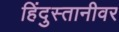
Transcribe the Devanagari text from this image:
हिंदुस्तानीवर